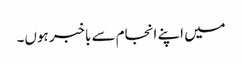
میں اپنے انجام سے باخبر ہوں۔